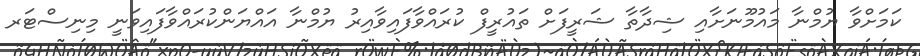
ކަމަށްވާ ޔުމްނާ މައުމޫނަށާއި ޝިދާތާ ޝަރީފަށް ތައުރީފް ކުރައްވާފައިވާއިރު ޔުމްނާ އައްޔަންކުރައްވާފައިވަނީ މިނިސްޓަރ